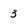
Character: 3